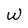
Character: W